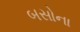
બસોના